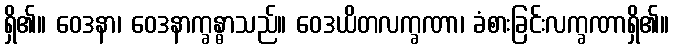
ရှိ၏။ ဝေဒနာ၊ ဝေဒနာက္ခန္ဓာသည်။ ဝေဒယိတလက္ခဏာ၊ ခံစားခြင်းလက္ခဏာရှိ၏။